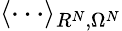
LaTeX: \langle\cdots\rangle_{R^{N},\Omega^{N}}